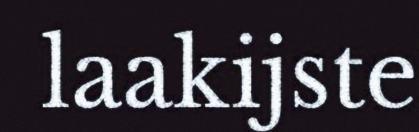
laakijste